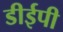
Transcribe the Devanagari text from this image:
डीईपी